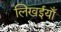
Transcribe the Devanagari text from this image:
लिखईयाँ